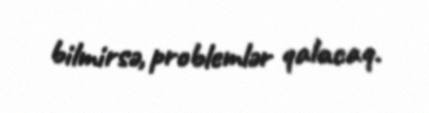
bilmirsə, problemlər qalacaq.